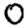
Digit: 0